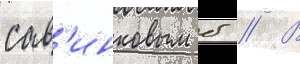
сав'инковым б // В